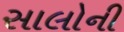
સાલોની